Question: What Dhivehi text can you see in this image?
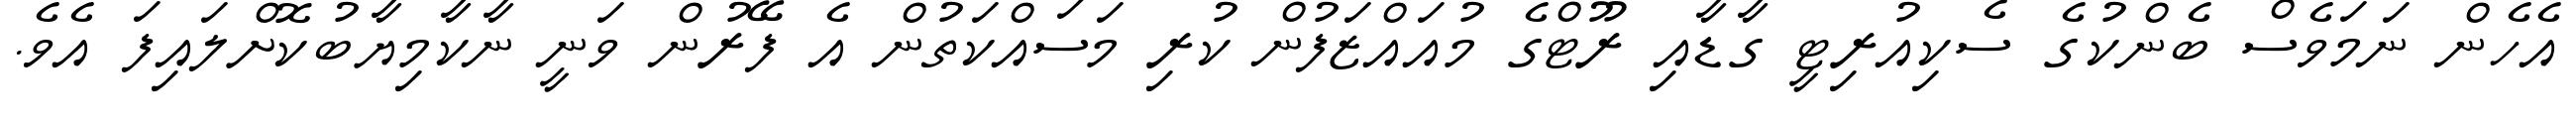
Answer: އެހެން ނަމަވެސް ބެންކުގެ ސެކިއުރިޓީ ގާޑާއި ރޫޓްގެ މުއައްޒަފުން ކުރި މަސައްކަތުން އެ ފޭރުން ވަނީ ނާކާމިޔާބުކޮށްލައިފަ އެވެ.